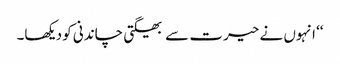
‘‘ انہوں نے حیرت سے بھیگتی چاندنی کو دیکھا۔